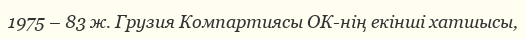
1975 – 83 ж. Грузия Компартиясы ОК-нің екінші хатшысы,